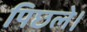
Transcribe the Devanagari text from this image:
पिछले।